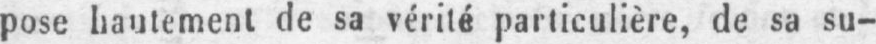
pose hautement de sa vérité particulière, de sa su-